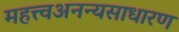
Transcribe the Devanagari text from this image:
महत्त्वअनन्यसाधारण